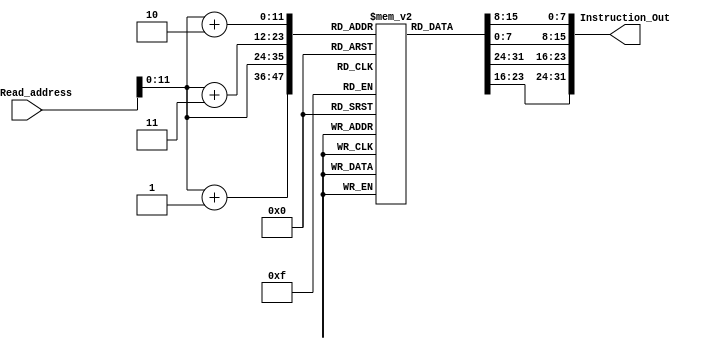
module Instruction_Memory(PC_Read_address, Instruction_Out);
input [31:0] PC_Read_address; 
output reg [31:0] Instruction_Out; 
reg [7:0] Inst_Mem[0:4095]; 
initial
begin
Inst_Mem[0] = 8'h8C;
Inst_Mem[1] = 8'h09;
Inst_Mem[2] = 8'h00;
Inst_Mem[3] = 8'h00;

Inst_Mem[4] = 8'h8c;
Inst_Mem[5] = 8'h0a;
Inst_Mem[6] = 8'h00;
Inst_Mem[7] = 8'h04;

Inst_Mem[8] = 8'h11;
Inst_Mem[9] = 8'h49;
Inst_Mem[10] = 8'h00;
Inst_Mem[11] = 8'h04;

Inst_Mem[12] = 8'h01;
Inst_Mem[13] = 8'h2a;
Inst_Mem[14] = 8'h58;
Inst_Mem[15] = 8'h22;

Inst_Mem[16] = 8'h08;
Inst_Mem[17] = 8'h00;
Inst_Mem[18] = 8'h00;
Inst_Mem[19] = 8'h08;

Inst_Mem[20] = 8'h01;
Inst_Mem[21] = 8'h2a;
Inst_Mem[22] = 8'h70;
Inst_Mem[23] = 8'h20;

Inst_Mem[24] = 8'h01;
Inst_Mem[25] = 8'h2a;
Inst_Mem[26] = 8'h78;
Inst_Mem[27] = 8'h2a;

Inst_Mem[28] = 8'h01;
Inst_Mem[29] = 8'h2a;
Inst_Mem[30] = 8'h58;
Inst_Mem[31] = 8'h20;

Inst_Mem[32] = 8'hac;
Inst_Mem[33] = 8'h0b;
Inst_Mem[34] = 8'h00;
Inst_Mem[35] = 8'h08;
end 
always @(PC_Read_address)
begin
Instruction_Out = {Inst_Mem[PC_Read_address], Inst_Mem[PC_Read_address+32'd1],
Inst_Mem[PC_Read_address+32'd2], Inst_Mem[PC_Read_address+32'd3]};
end
endmodule